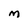
Character: M